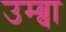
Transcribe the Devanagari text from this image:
उम्ब्वा